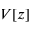
V [ z ]